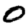
Digit: 0